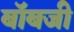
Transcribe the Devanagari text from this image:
बॉबजी